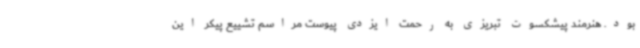
بود. هنرمند پیشکسوت تبریزی به رحمت ایزدی پیوست مراسم تشییع پیکر این